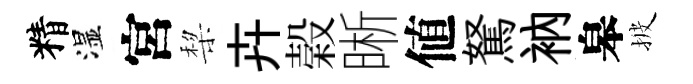
精湿宮棃卉榖晰値駑衲皋披